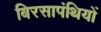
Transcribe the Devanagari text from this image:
बिरसापंथियों